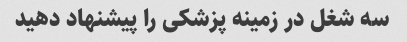
سه شغل در زمینه پزشکی را پیشنهاد دهید